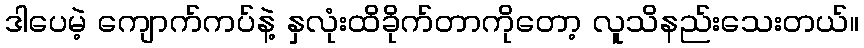
ဒါပေမဲ့ ကျောက်ကပ်နဲ့ နှလုံးထိခိုက်တာကိုတော့ လူသိနည်းသေးတယ်။